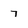
Character: 7